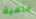
ماهية